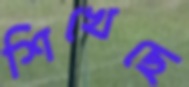
শিখেছে